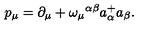
p _ { \mu } = \partial _ { \mu } + \omega _ { \mu } { } ^ { \alpha \beta } a _ { \alpha } ^ { + } a _ { \beta } .